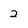
Character: 2